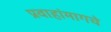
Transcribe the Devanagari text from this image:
प्रवाहांमागचे